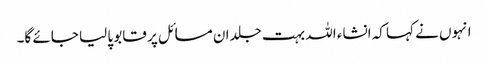
انہوں نے کہا کہ انشاء اللہ بہت جلد ان مسائل پر قابو پا لیا جائے گا۔